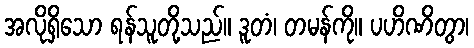
အလိုရှိသော ရန်သူတို့သည်။ ဒူတံ၊ တမန်ကို။ ပဟိဏိတွာ၊